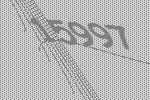
15997